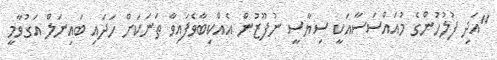
"އަދި ފުލުހުންގެ މުއައްސަސާއަކީ ސިޔާސީ ނުފޫޒުން އެއްކިބާވެފައިވާ ތަނަކަށް ހަދައި ބައިނަލް އަގުވާމީ